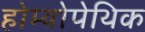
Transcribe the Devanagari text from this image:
होम्योपेथिक